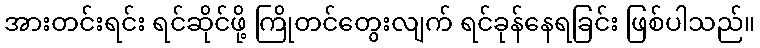
အားတင်းရင်း ရင်ဆိုင်ဖို့ ကြိုတင်တွေးလျက် ရင်ခုန်နေရခြင်း ဖြစ်ပါသည်။